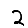
Digit: 2